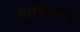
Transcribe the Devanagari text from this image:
इसोफेगस